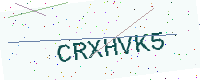
Text: CRXHVK5